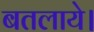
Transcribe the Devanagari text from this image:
बतलाये।